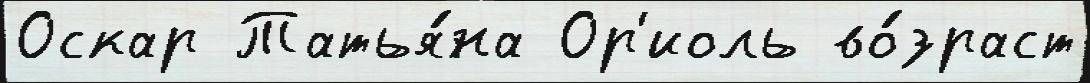
Оскар Татья́на Ор'иоль во́зраст